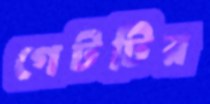
গেটটির